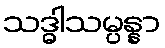
သဒ္ဓါသမ္ပန္နာ